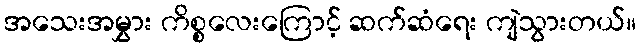
အသေးအမွှား ကိစ္စလေးကြောင့် ဆက်ဆံရေး ကျဲသွားတယ်။